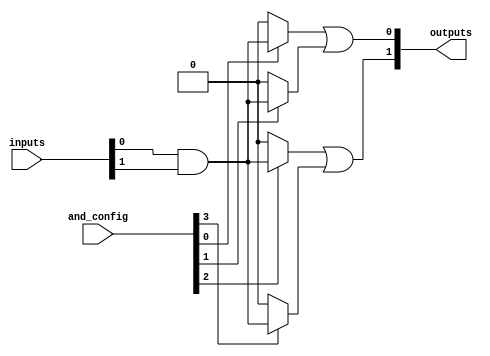
module FusedPAL (
    input wire [N-1:0] inputs,      // N input lines
    input wire [M-1:0] and_config,   // Configuration for programmable AND gates
    output wire [P-1:0] outputs      // P outputs
);

parameter N = 8;  // Number of inputs
parameter M = 4;  // Number of AND gates
parameter P = 2;  // Number of outputs

// Internal signals for AND gate outputs
wire [M-1:0] and_out;

// Generate AND gates based on configuration
genvar i;
generate
    for (i = 0; i < M; i = i + 1) begin : and_gates
        assign and_out[i] = (and_config[i]) ? (inputs[0] & inputs[1]) : 1'b0; // Example AND gate logic
        // Extend to include other input combinations based on your requirements
    end
endgenerate

// Fixed OR gates combining the outputs of AND gates
assign outputs[0] = and_out[0] | and_out[1]; // Example OR gate logic
assign outputs[1] = and_out[2] | and_out[3]; // Example OR gate logic
// Extend for additional outputs as necessary

endmodule